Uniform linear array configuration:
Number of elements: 16
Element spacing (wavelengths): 0.75
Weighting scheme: kaiser
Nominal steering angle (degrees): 15
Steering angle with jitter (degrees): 15.189
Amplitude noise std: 0.05
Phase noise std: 0.05

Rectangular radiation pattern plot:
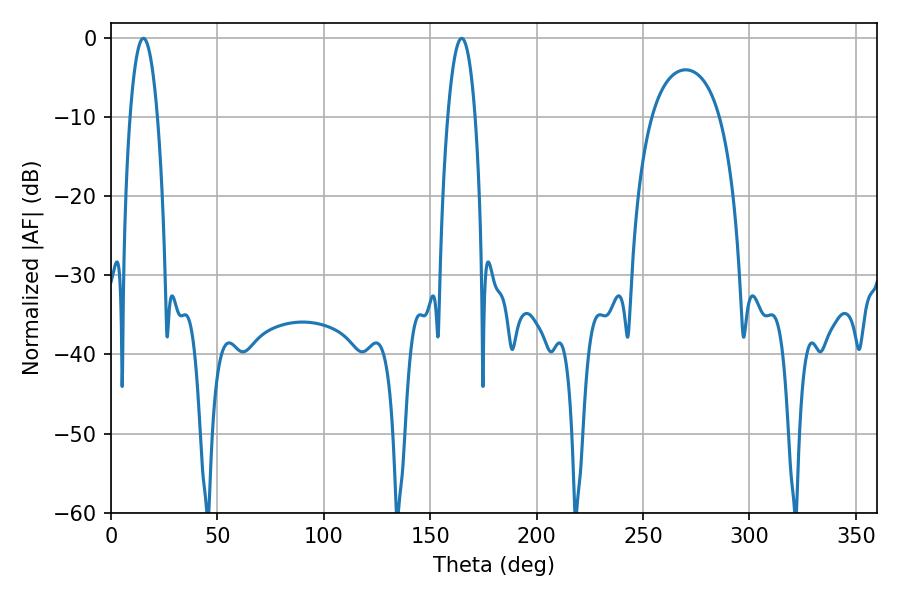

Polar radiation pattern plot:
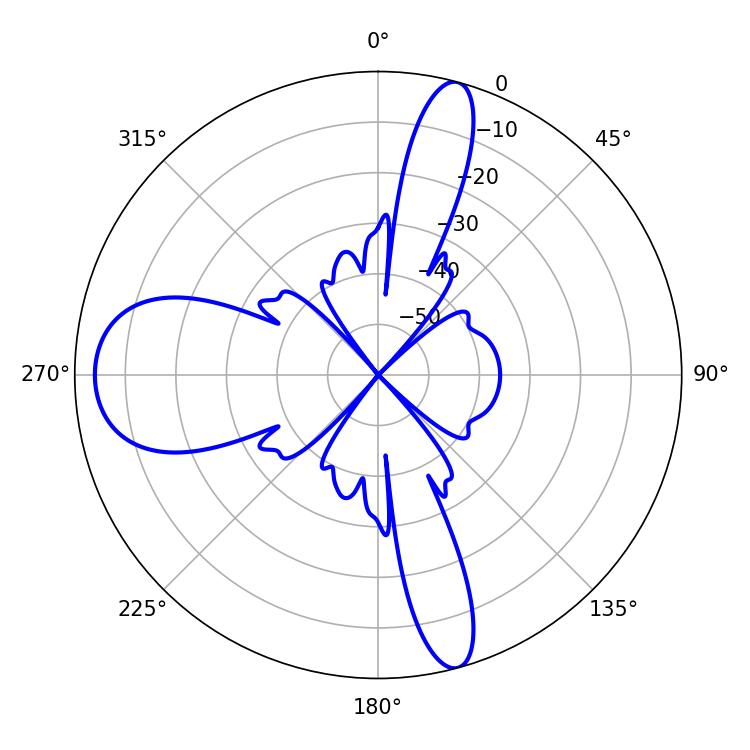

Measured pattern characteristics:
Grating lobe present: TRUE
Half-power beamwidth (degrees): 7.2
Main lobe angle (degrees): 15.3